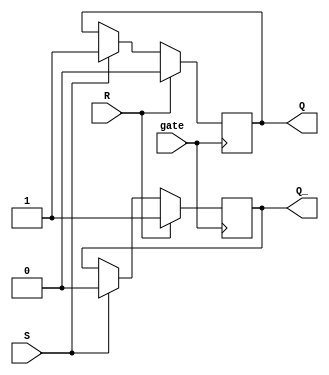
module Gated_SR_FF (
    input S, R, // inputs
    input gate, // gating signal
    output reg Q, Q_ // outputs
);

always @(posedge gate)
begin
    if (gate) begin
        if (R) begin
            Q <= 0;
            Q_ <= 1;
        end
        else if (S) begin
            Q <= 1;
            Q_ <= 0;
        end
    end
end

endmodule